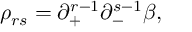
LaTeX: \rho _ { r s } = \partial _ { + } ^ { r - 1 } \partial _ { - } ^ { s - 1 } \beta ,